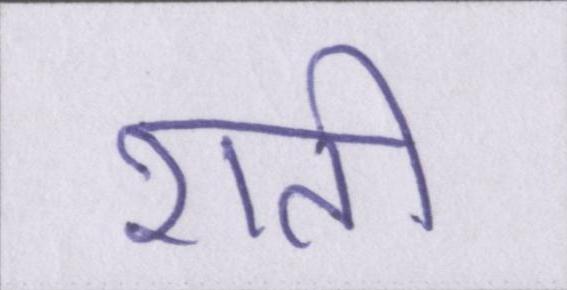
शती